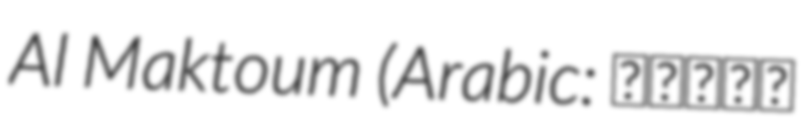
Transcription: Al Maktoum (Arabic: لطيفة